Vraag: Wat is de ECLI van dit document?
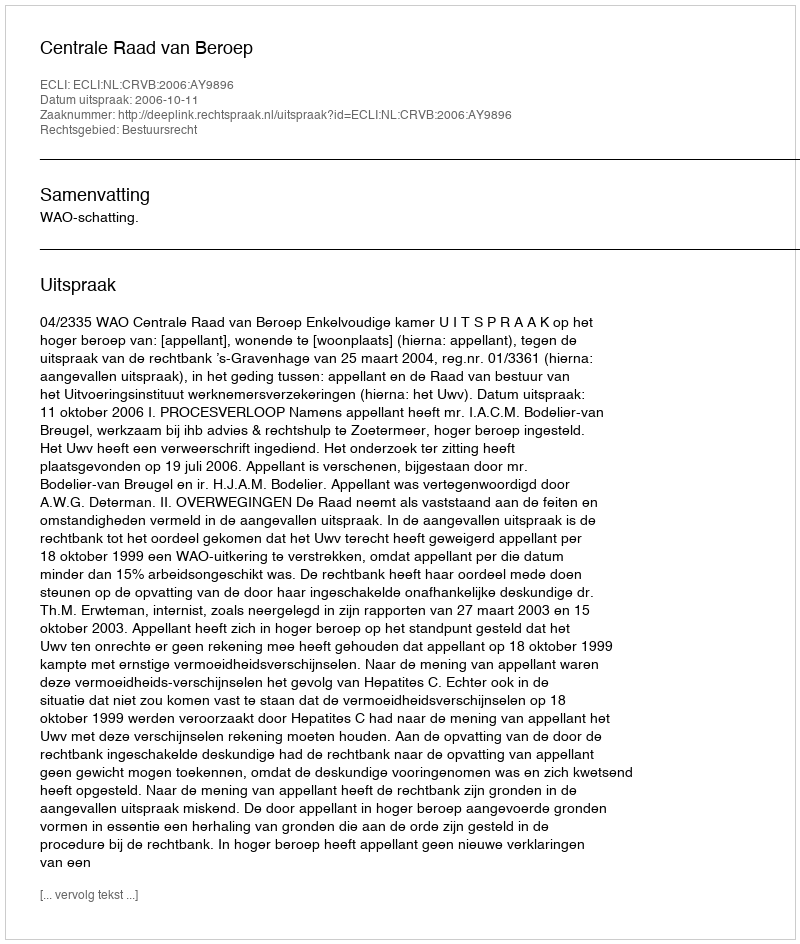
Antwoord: ECLI:NL:CRVB:2006:AY9896